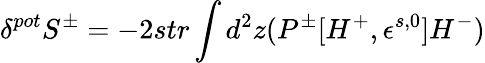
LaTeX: \delta^{pot}S^{\pm}=-2str\int d^{2}z(P^{\pm}[H^{+},\epsilon^{s,0}]H^{-})